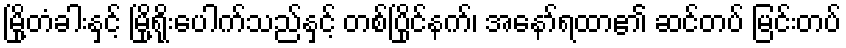
မြို့တံခါးနှင့် မြို့ရိုးပေါက်သည်နှင့် တစ်ပြိုင်နက်၊ အနော်ရထာ၏ ဆင်တပ် မြင်းတပ်